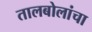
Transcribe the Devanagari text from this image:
तालबोलांचा